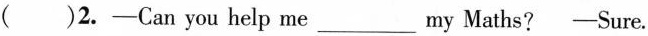
( )2.-Can you help me ___ my Maths? -Sure.